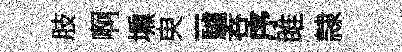
肢啊壎㬰-驢吞序雎隷